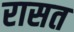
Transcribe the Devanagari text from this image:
रासत